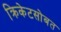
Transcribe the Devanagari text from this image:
क्रिकेटसोबत